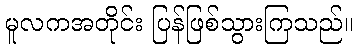
မူလကအတိုင်း ပြန်ဖြစ်သွားကြသည်။